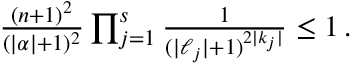
\begin{array} { r } { \frac { ( n + 1 ) ^ { 2 } } { ( | { \boldsymbol { \alpha } } | + 1 ) ^ { 2 } } \prod _ { j = 1 } ^ { s } \frac { 1 } { ( | { \boldsymbol { \ell } } _ { j } | + 1 ) ^ { 2 | { \boldsymbol { k } } _ { j } | } } \leq 1 \, . } \end{array}